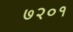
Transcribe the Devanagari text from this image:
७२०१